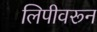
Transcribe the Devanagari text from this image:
लिपीवरून